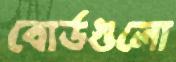
বোর্ডগুলো